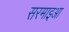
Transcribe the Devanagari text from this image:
सरमाइआ